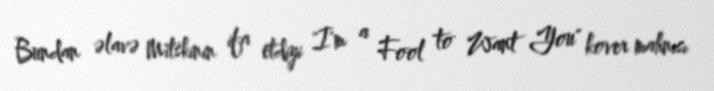
Bundan əlavə Mitskinin ifa etdiyi "I'm a Fool to Want You" kover mahnısı